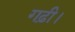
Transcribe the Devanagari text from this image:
गढ़ी।